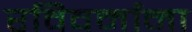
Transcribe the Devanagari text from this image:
रविवर्माना